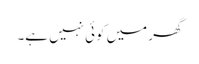
گھر میں کوئی نہیں ہے۔